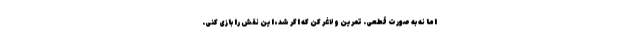
اما نه به صورت قطعی. تمرین و لاغر کن که اگر شد، این نقش را بازی کنی.